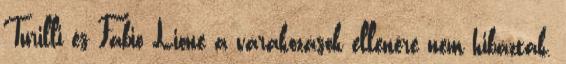
Turilli és Fabio Lione a várakozások ellenére nem hibáztak,